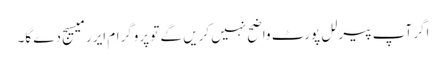
اگر آپ پیرلل پورٹ واضح نہیں کریں گے تو پروگرام ایرر میسیج دے گا۔